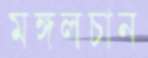
মঙ্গলচান